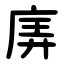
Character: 㢅